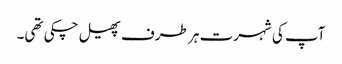
آپ کی شہرت ہر طرف پھیل چکی تھی۔